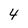
Character: 4